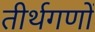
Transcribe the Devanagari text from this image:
तीर्थगणों